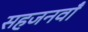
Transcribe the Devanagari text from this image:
सहजनवॉं